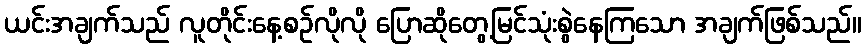
ယင်းအချက်သည် လူတိုင်းနေ့စဉ်လိုလို ပြောဆိုတွေ့မြင်သုံးစွဲနေကြသော အချက်ဖြစ်သည်။